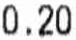
0.20